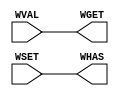
module RWire(WGET, WHAS, WVAL, WSET);
   parameter width = 1;
   input [width - 1 : 0]    WVAL;
   input                    WSET;
   output [width - 1 : 0]   WGET;
   output                   WHAS;
   assign WGET = WVAL;
   assign WHAS = WSET;
endmodule